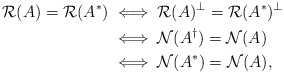
\begin{align*} \mathcal R(A) =\mathcal R(A^*)&\iff \mathcal R(A)^\perp =\mathcal R(A^*)^\perp\\ &\iff \mathcal N(A^\dag)=\mathcal N(A)\\ &\iff \mathcal N(A^*)=\mathcal N(A), \end{align*}